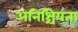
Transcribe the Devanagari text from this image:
अनिश्चियता